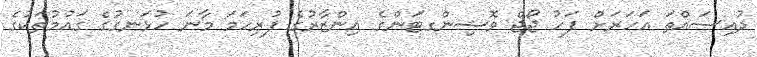
ދުއިސައްތަ އަހަރަށް ފަހު ޖޯޖް ވޮޝިންގޓަންގެ އިންޒާރުގެ ފުރިހަމަ މާނަ ހުޅަނގުގެ ގައުމުތަކުގެ